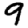
Digit: 9